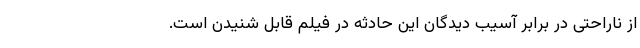
از ناراحتی در برابر آسیب دیدگان این حادثه در فیلم قابل شنیدن است.